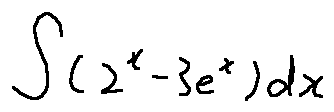
\int ( 2 ^ { x } - 3 e ^ { x } ) d x